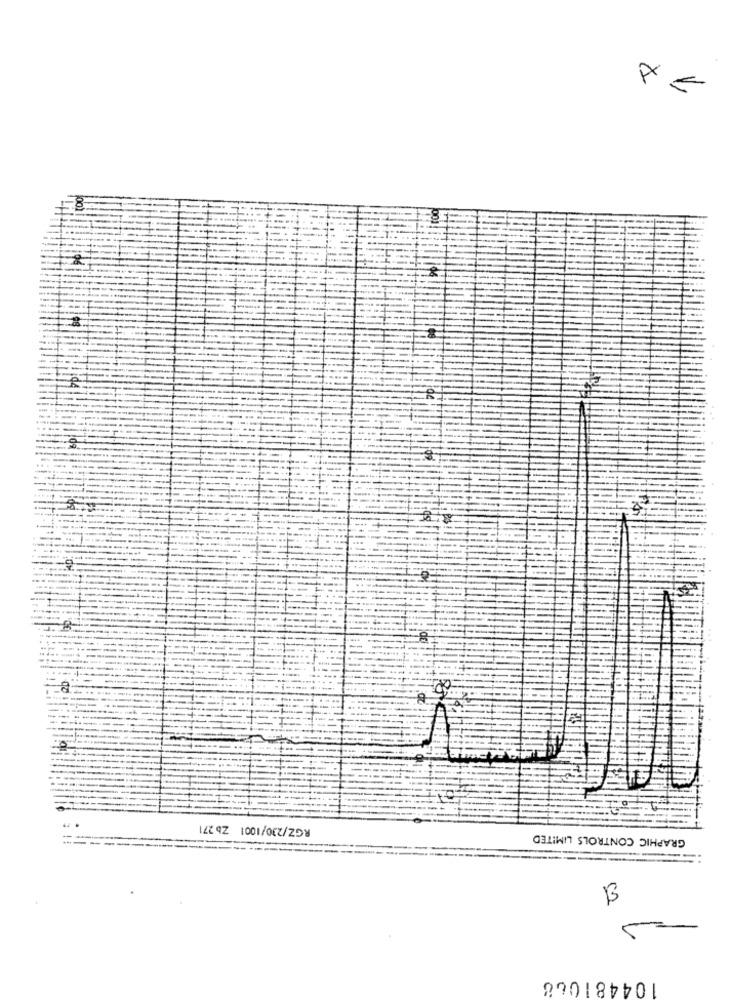
RGZ/230/1001 Zb 271
GRAPHIC CONTROLS LIMITED
B
5
104481068